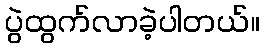
ပွဲထွက်လာခဲ့ပါတယ်။